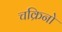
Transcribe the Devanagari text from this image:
चक्रिनो